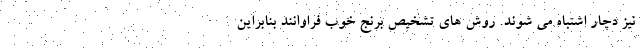
نیز دچار اشتباه می شوند. روش های تشخیص برنج خوب فراوانند بنابراین